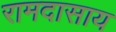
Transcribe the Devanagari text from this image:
रामदासाय